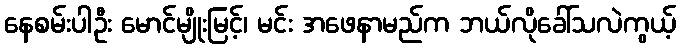
နေစမ်းပါဦး မောင်မျိုးမြင့်၊ မင်း အဖေနာမည်က ဘယ်လိုခေါ်သလဲကွယ့်